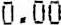
0.00